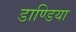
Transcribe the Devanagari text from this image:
डाण्डिया